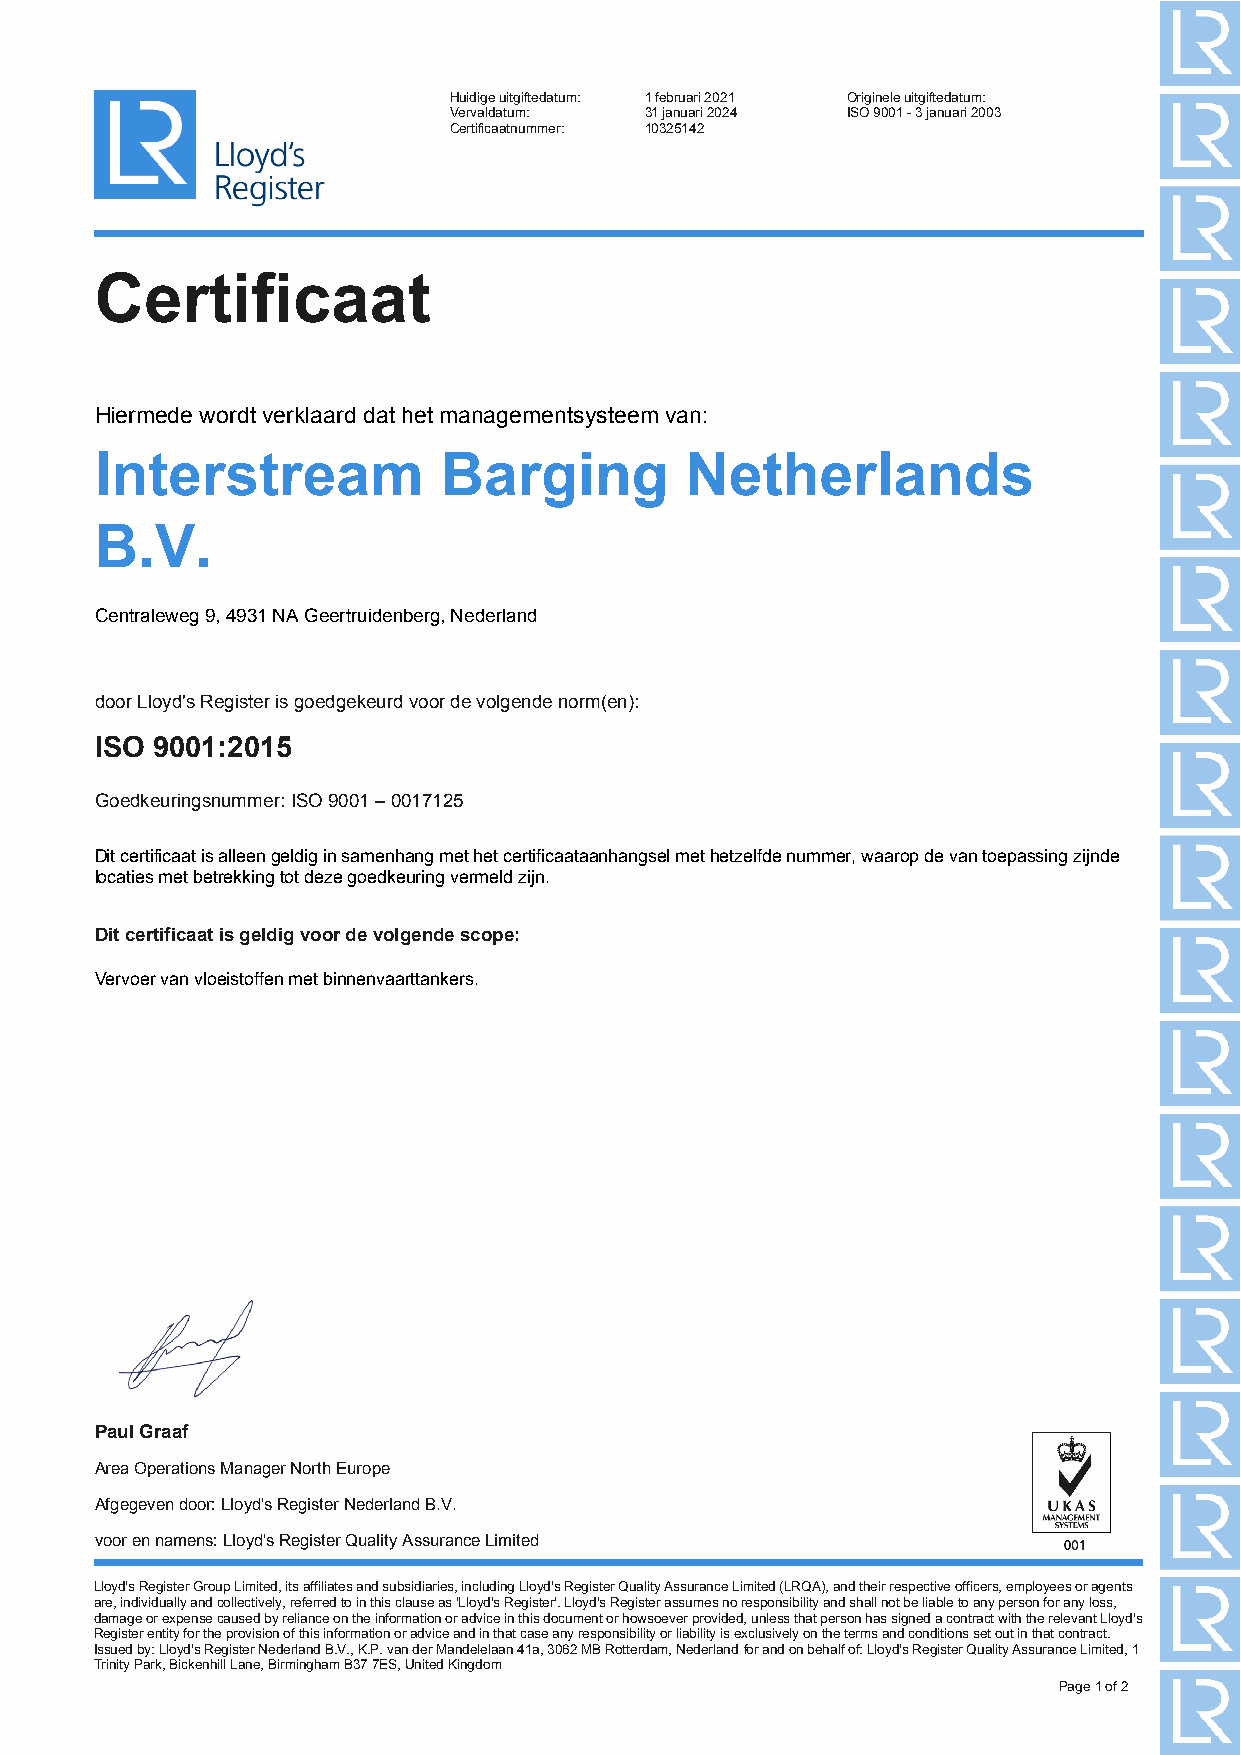
Huidige uitgiftedatum: 1 februari 2021 Originele uitgiftedatum:
 Vervaldatum: 31 januari 2024 ISO 9001 - 3 januari 2003
 Certificaatnummer: 10325142
 Certificaat
 Hiermede wordt verklaard dat het managementsysteem van:
 Interstream            Barging         Netherlands
 B.V.
 Centraleweg 9, 4931 NA Geertruidenberg, Nederland
 door Lloyd's Register is goedgekeurd voor de volgende norm(en):
 ISO 9001:2015
 Goedkeuringsnummer: ISO 9001 – 0017125
 Dit certificaat is alleen geldig in samenhang met het certificaataanhangsel met hetzelfde nummer, waarop de van toepassing zijnde
 locaties met betrekking tot deze goedkeuring vermeld zijn.
 Dit certificaat is geldig voor de volgende scope:
 Vervoer van vloeistoffen met binnenvaarttankers.
 Paul Graaf
 Area Operations Manager North Europe
 Afgegeven door: Lloyd's Register Nederland B.V.
 voor en namens: Lloyd's Register Quality Assurance Limited
 Lloyd's Register Group Limited, its affiliates and subsidiaries, including Lloyd's Register Quality Assurance Limited (LRQA), and their respective officers, employees or agents
 are, individually and collectively, referred to in this clause as 'Lloyd's Register'. Lloyd's Register assumes no responsibility and shall not be liable to any person for any loss,
 damage or expense caused by reliance on the information or advice in this document or howsoever provided, unless that person has signed a contract with the relevant Lloyd's
 Register entity for the provision of this information or advice and in that case any responsibility or liability is exclusively on the terms and conditions set out in that contract.
 Issued by: Lloyd's Register Nederland B.V., K.P. van der Mandelelaan 41a, 3062 MB Rotterdam, Nederland for and on behalf of: Lloyd's Register Quality Assurance Limited, 1
 Trinity Park, Bickenhill Lane, Birmingham B37 7ES, United Kingdom
 Page 1 of 2